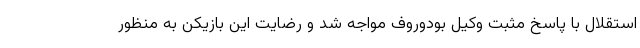
استقلال با پاسخ مثبت وکیل بودوروف مواجه شد و رضایت این بازیکن به منظور